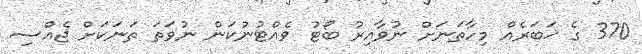
370 ގެ ޚަބަރެއް މިހާތަނަށް ނުވާއިރު ބޯޓު ވެއްޓުނުކަން ނުވަތަ ތަނަކަށް ޖެެއްސި